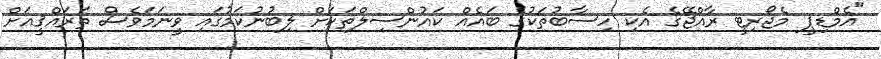
"އެމްޑިޕީ މެޖޯރިޓީ ރާއްޖޭގެ އެކި ހިސާބުތަކުގެ ބައެއް ކައުންސިލްތަކަށް ލިބުނުކަމުގައި ވީނަމަވެސް ތަރައްޤީއަށް